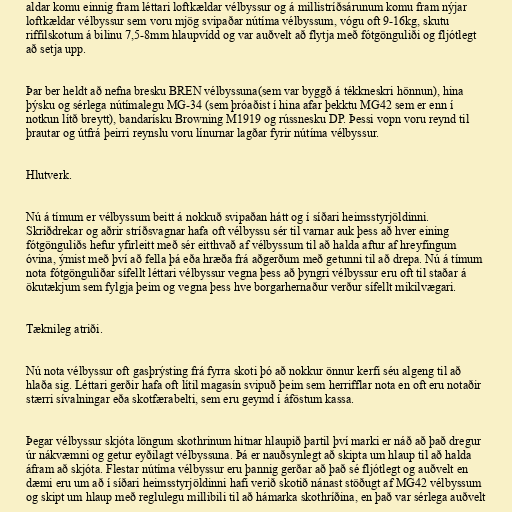
aldar komu einnig fram léttari loftkældar vélbyssur og á millistríðsárunum komu fram nýjar
loftkældar vélbyssur sem voru mjög svipaðar nútíma vélbyssum, vógu oft 9-16kg, skutu
riffilskotum á bilinu 7,5-8mm hlaupvídd og var auðvelt að flytja með fótgönguliði og fljótlegt
að setja upp.

Þar ber heldt að nefna bresku BREN vélbyssuna(sem var byggð á tékkneskri hönnun), hina
þýsku og sérlega nútímalegu MG-34 (sem þróaðist í hina afar þekktu MG42 sem er enn í
notkun lítð breytt), bandarísku Browning M1919 og rússnesku DP. Þessi vopn voru reynd til
þrautar og útfrá þeirri reynslu voru línurnar lagðar fyrir nútíma vélbyssur.

Hlutverk.

Nú á tímum er vélbyssum beitt á nokkuð svipaðan hátt og í síðari heimsstyrjöldinni.
Skriðdrekar og aðrir stríðsvagnar hafa oft vélbyssu sér til varnar auk þess að hver eining
fótgönguliðs hefur yfirleitt með sér eitthvað af vélbyssum til að halda aftur af hreyfingum
óvina, ýmist með því að fella þá eða hræða frá aðgerðum með getunni til að drepa. Nú á tímum
nota fótgönguliðar sífellt léttari vélbyssur vegna þess að þyngri vélbyssur eru oft til staðar á
ökutækjum sem fylgja þeim og vegna þess hve borgarhernaður verður sífellt mikilvægari.

Tæknileg atriði.

Nú nota vélbyssur oft gasþrýsting frá fyrra skoti þó að nokkur önnur kerfi séu algeng til að
hlaða sig. Léttari gerðir hafa oft lítil magasín svipuð þeim sem herrifflar nota en oft eru notaðir
stærri sívalningar eða skotfærabelti, sem eru geymd í áföstum kassa.

Þegar vélbyssur skjóta löngum skothrinum hitnar hlaupið þartil því marki er náð að það dregur
úr nákvæmni og getur eyðilagt vélbyssuna. Þá er nauðsynlegt að skipta um hlaup til að halda
áfram að skjóta. Flestar nútíma vélbyssur eru þannig gerðar að það sé fljótlegt og auðvelt en
dæmi eru um að í síðari heimsstyrjöldinni hafi verið skotið nánast stöðugt af MG42 vélbyssum
og skipt um hlaup með reglulegu millibili til að hámarka skothríðina, en það var sérlega auðvelt